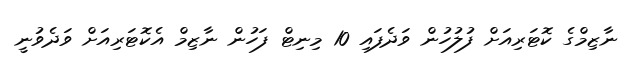
ނާޒިމްގެ ކޮޓަރިއަށް ފުލުހުން ވަދެފައި 10 މިނިޓް ފަހުން ނާޒިމް އެކޮޓަރިއަށް ވަދެވުނީ